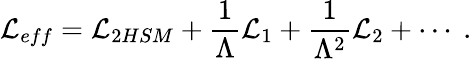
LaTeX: {\cal L}_{eff}={\cal L}_{\mathrm 2HSM}+\frac{1}{\Lambda}{\cal L}_{1}+\frac{1}{\Lambda^{2}}{\cal L}_{2}+\cdots\ .